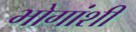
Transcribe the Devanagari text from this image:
भोगांशी